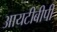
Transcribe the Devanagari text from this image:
आयटीबीपी